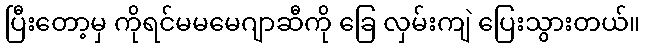
ပြီးတော့မှ ကိုရင်မမမေဂျာဆီကို ခြေ လှမ်းကျဲ ပြေးသွားတယ်။